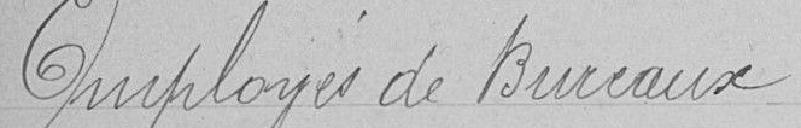
Employés de Bureaux